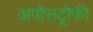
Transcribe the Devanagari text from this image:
अपोसट्रोफी